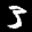
Label: 3